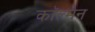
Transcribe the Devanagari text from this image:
काॅल्मेन